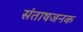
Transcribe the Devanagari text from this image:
संताषजनक